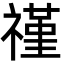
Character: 𬓑